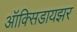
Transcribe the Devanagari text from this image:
ऑक्‍सिडायझर